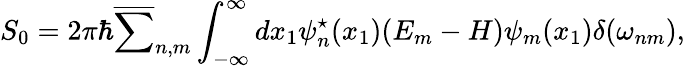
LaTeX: S_{0}=2{\pi}{\hbar}\overline{{{\sum}}}_{n,m}\int_{-\infty}^{\infty}dx_{1}{\psi}_{n}^{\star}(x_{1})(E_{m}-H){\psi}_{m}(x_{1})\delta({\omega}_{nm}),